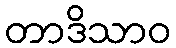
တာဒိသာဝ